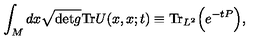
\int _ { M } d x \sqrt { \mathrm { { d e t } } g } \mathrm { { T r } } U ( x , x ; t ) \equiv \mathrm { { T r } } _ { L ^ { 2 } } \Bigr ( e ^ { - t P } \Bigr ) ,